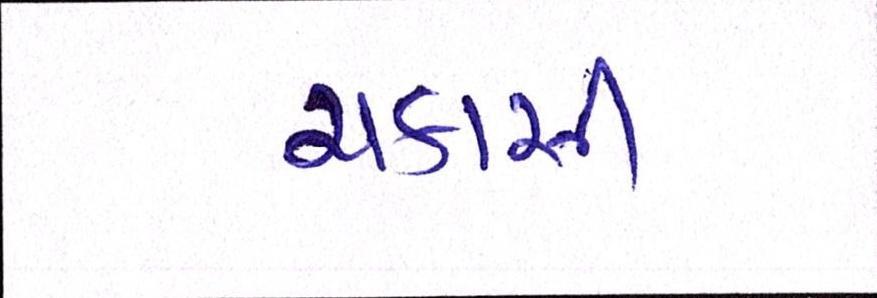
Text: ચકાસી